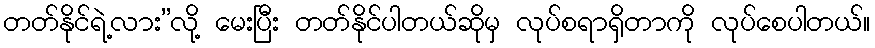
တတ်နိုင်ရဲ့လား”လို့ မေးပြီး တတ်နိုင်ပါတယ်ဆိုမှ လုပ်စရာရှိတာကို လုပ်စေပါတယ်။